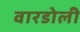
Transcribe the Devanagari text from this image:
वारडोली